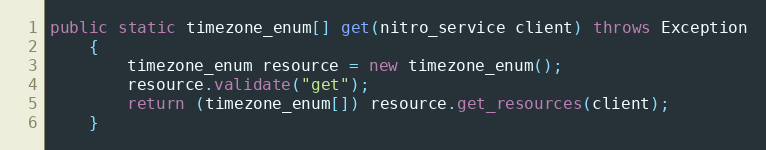
Language: Java
public static timezone_enum[] get(nitro_service client) throws Exception
	{
		timezone_enum resource = new timezone_enum();
		resource.validate("get");
		return (timezone_enum[]) resource.get_resources(client);
	}